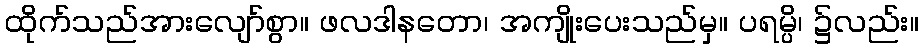
ထိုက်သည်အားလျော်စွာ။ ဖလဒါနတော၊ အကျိုးပေးသည်မှ။ ပရမ္ပိ၊ ၌လည်း။